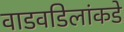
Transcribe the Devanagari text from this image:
वाडवडिलांकडे